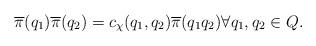
LaTeX: \begin{align*} \overline{\pi}(q_1) \overline{\pi}(q_2) = c_\chi(q_1, q_2) \overline{\pi}(q_1 q_2) \forall q_1,q_2\in Q.\end{align*}